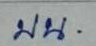
บน